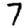
Digit: 7